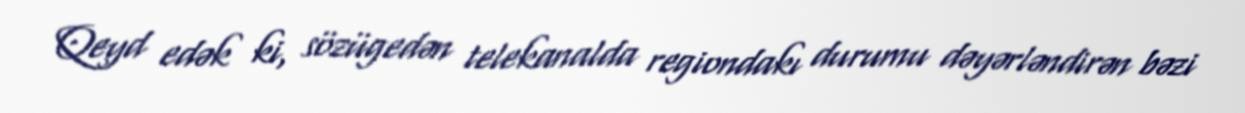
Qeyd edək ki, sözügedən telekanalda regiondakı durumu dəyərləndirən bəzi